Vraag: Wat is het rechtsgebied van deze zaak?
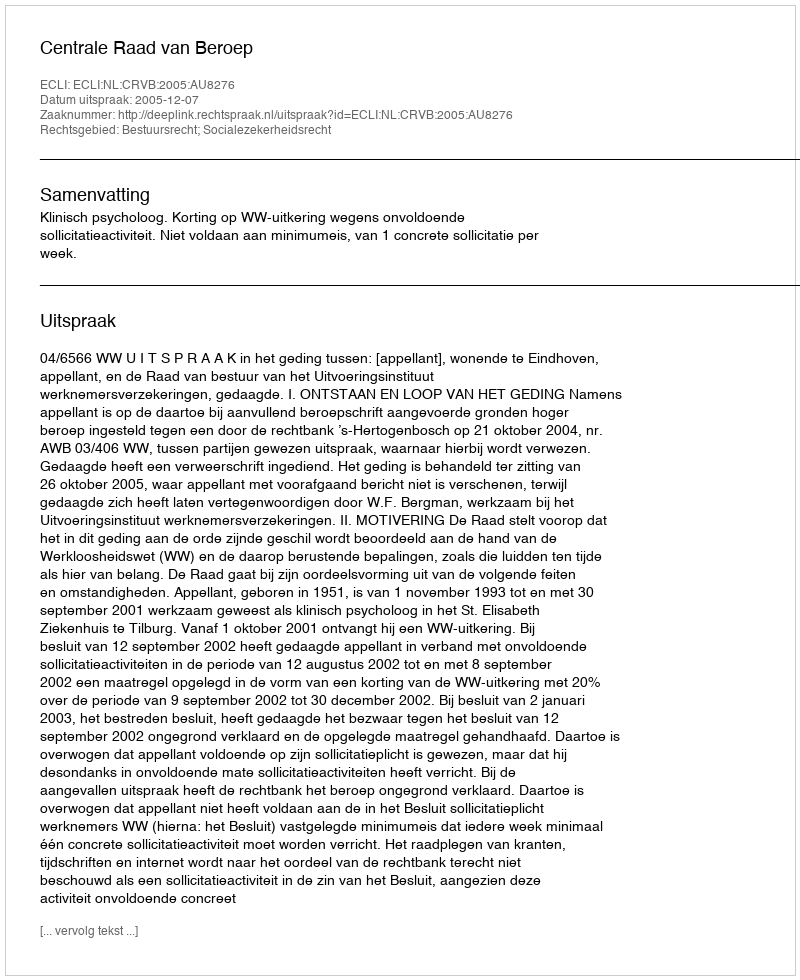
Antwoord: Bestuursrecht; Socialezekerheidsrecht